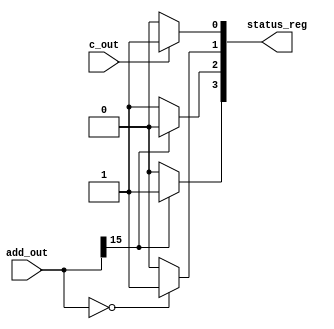
module status_register_encoder(add_out, c_out, status_reg);

input[15:0] add_out;
input c_out;
output [3:0] status_reg;

reg p,n,z,c;
assign status_reg = {n, p, z, c};


always @(add_out or c_out) begin
	if (add_out[15] == 1'b1)
		n = 1'b1;
	else
		n = 1'b0;
	
	if (add_out[15] == 1'b0)
		p = 1'b1;
	else 
		p = 1'b0;
	
	if (c_out == 1'b1)
		c = 1'b1;
	else
		c = 1'b0;
	
	if (add_out == 16'b0)
		z = 1'b1;
	else
		z = 1'b0;
end

endmodule